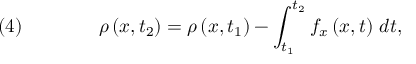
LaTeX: \quad ( 4 ) \qquad \qquad \rho \left( x , t _ { 2 } \right) = \rho \left( x , t _ { 1 } \right) - \int _ { t _ { 1 } } ^ { t _ { 2 } } f _ { x } \left( x , t \right) \, d t ,